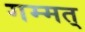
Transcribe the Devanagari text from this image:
गम्मत्